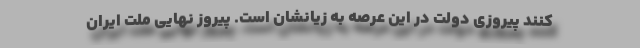
کنند پیروزی دولت در این عرصه به زیانشان است. پیروز نهایی ملت ایران